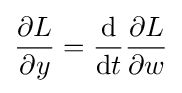
{\frac {\partial {L}}{\partial y}}={\frac {\mathrm {d} }{\mathrm {d} t}}{\frac {\partial {L}}{\partial {w}}}